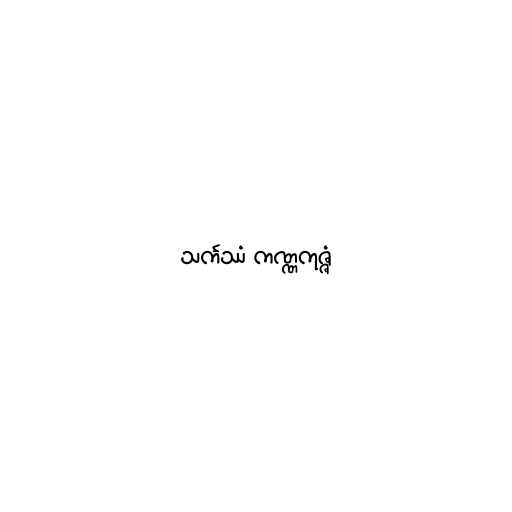
သင်္ကဿံ ကဏ္ဏကုဇ္ဇံ